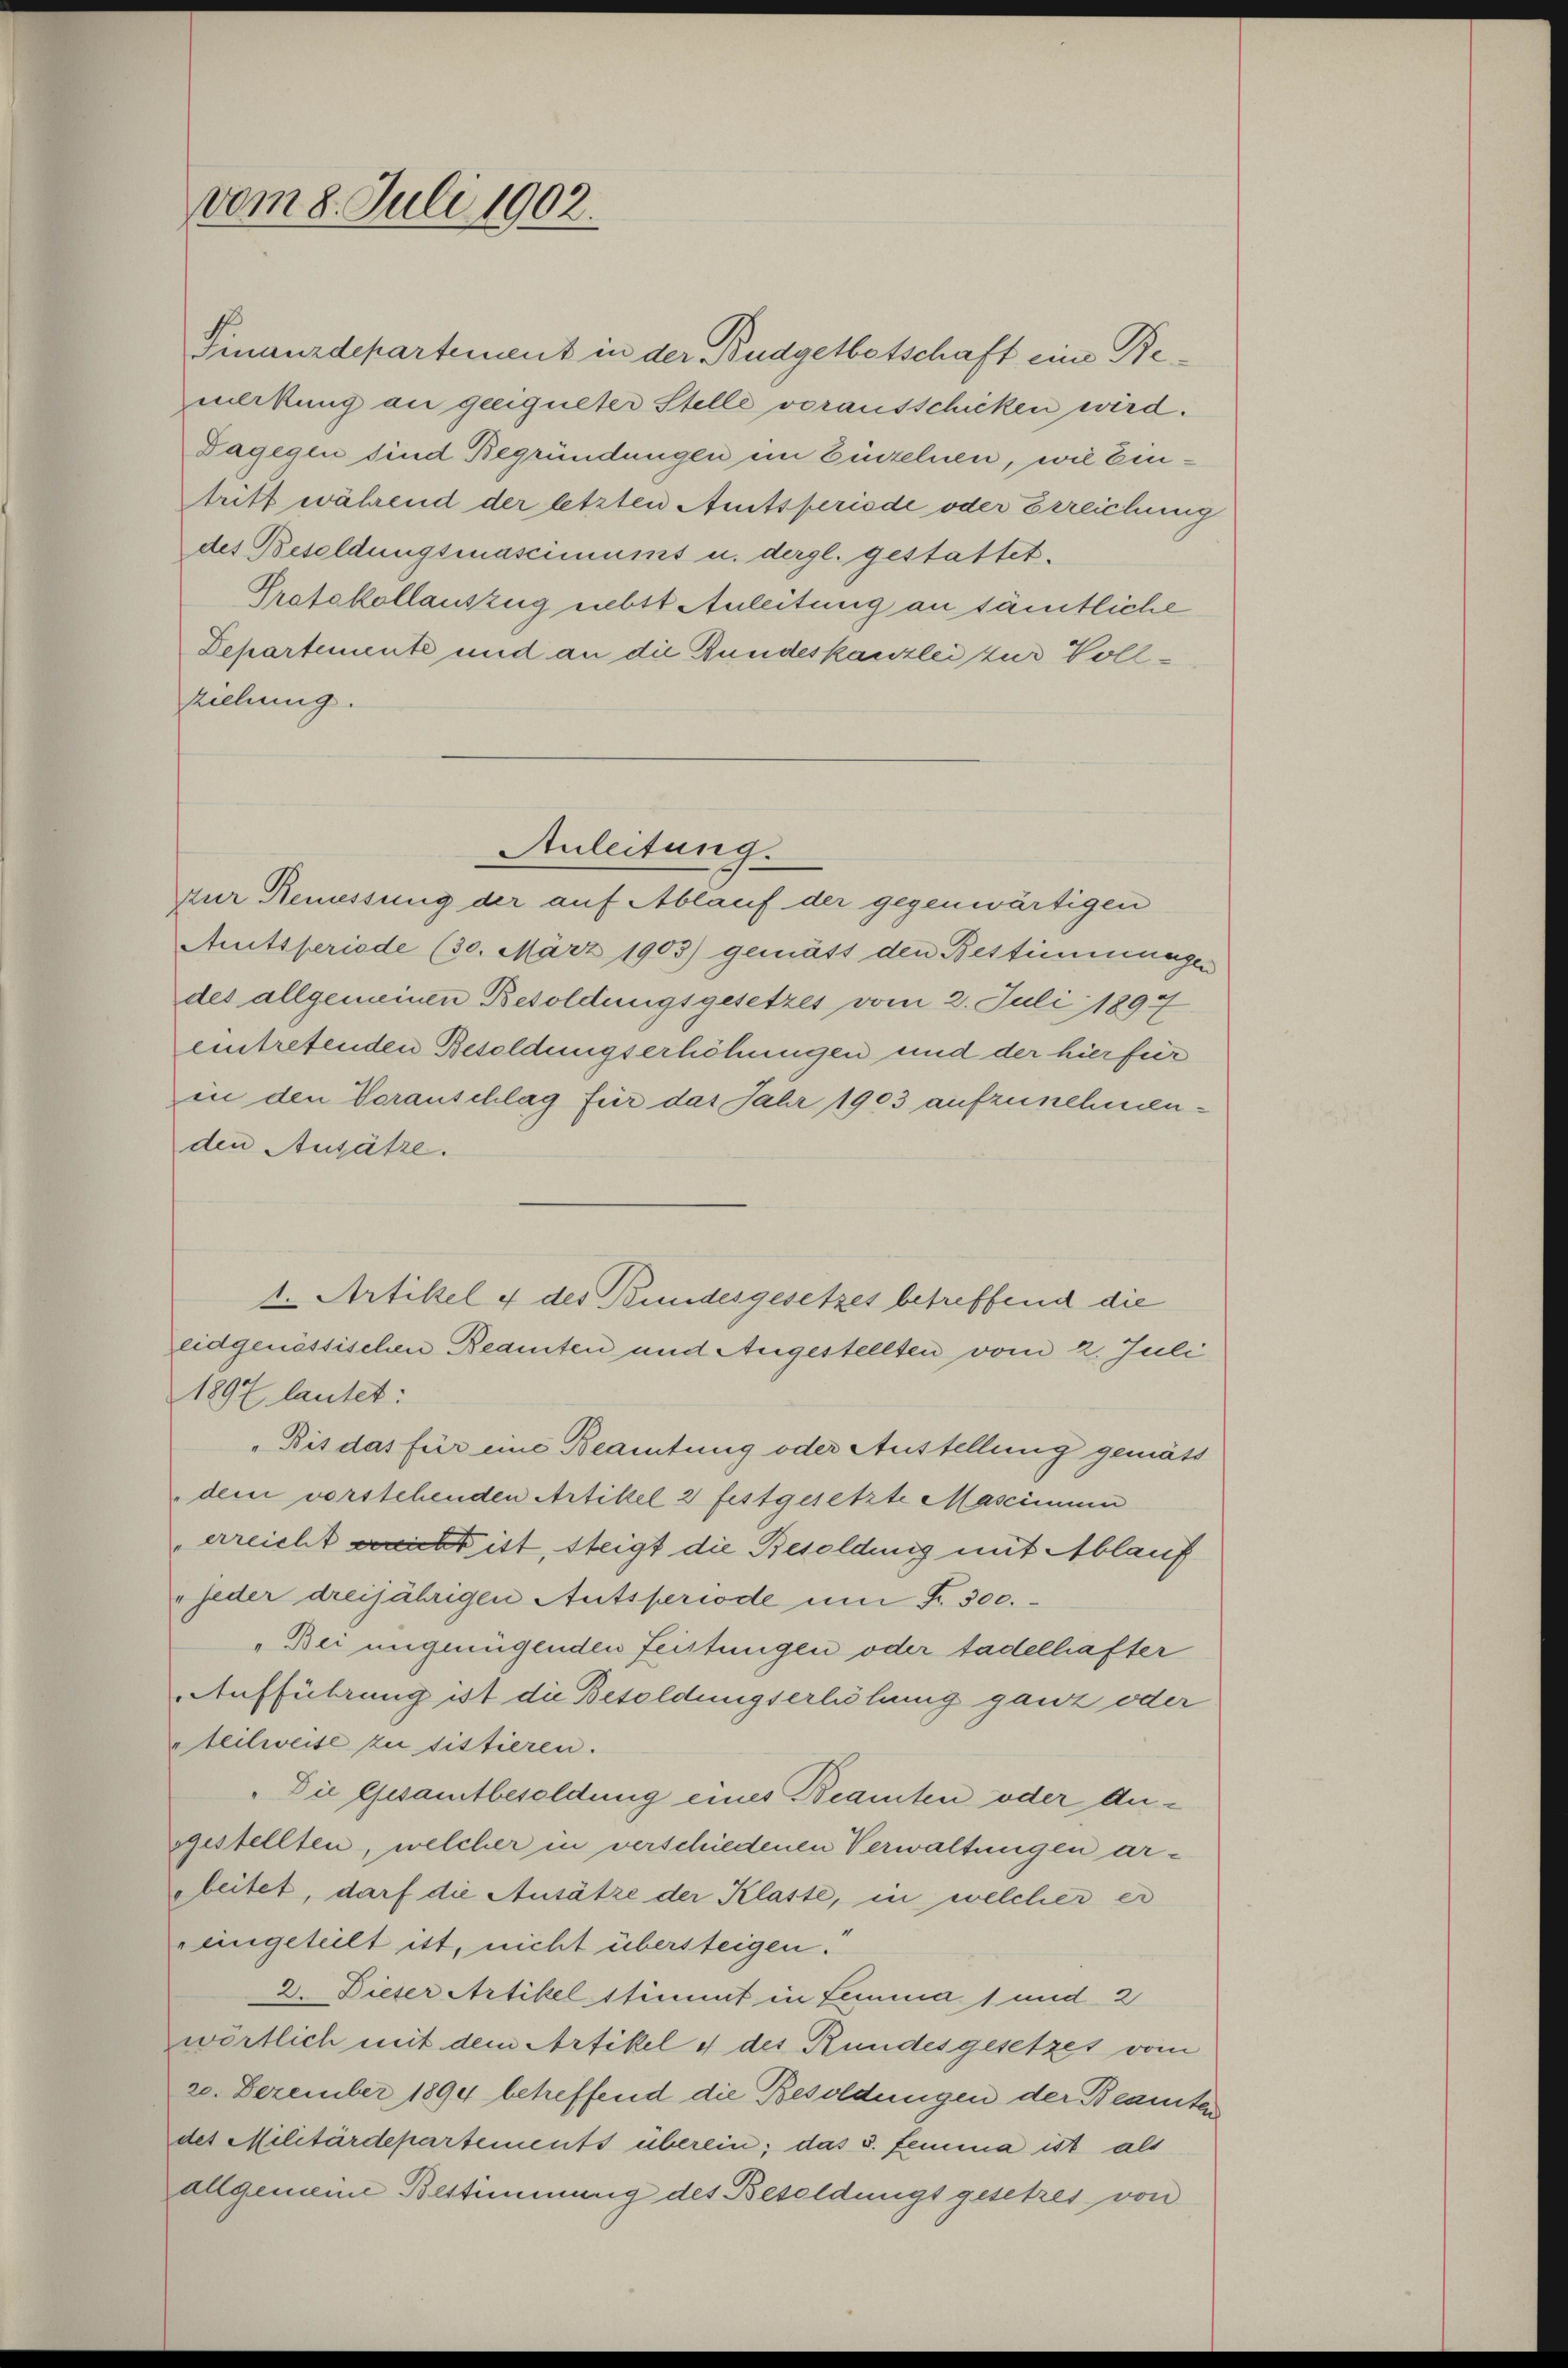
Finanzdepartement in der Budgetbetschaft eine Bemckung an geeigneter Stelle vorausschicken wird.
Dagegen sind Begründungen ein Einzelnen, wie Eintritt während der letzten Amtsperiode oder Erreichung
des Besoldungsmascimums u. dergl. gestattet.
Protokollauszug nebst Anleitung an sämtliche
Departemente und an die Bundeskanzlei zur Vollziehung.
zur Bemessung der auf Ablauf der gegenwärtigen
Amitsperiode (30. März 1903) gemäss den Bestimmungen
des allgemeinen Besoldungsgesetzes vom 2. Juli 1897
eintretenden Besoldungserhöhungen und der hierfür
in den Voranschlag für das Jahr 1903 aufzunehmenden Ansätze.
1. Artikel 4 des Bundesgesetzes betreffend die
eidgenössischen Beamten und Angestellten vom 2. Juli
1897 lautet:
Bis das für eine Beamtung oder Austellung gemäss
dem vorstehenden Artikel 2 festgesetzte Mascimum
erreicht ist ist, steigt die Besoldung mit Ablauf
"jeder dreijährigen Autsperiode um Fr. 300.
„Bei ungenügenden Leistungen oder tadelhafter
Aufführung ist die Besoldungserlichung ganz oder
teilweise zu sistieren.
Die Gesamtbesoldung eines Beamten oder dugestellten, welcher in verschiedenen Verwaltungen argleitet, darf die Ansätze der Klaste, in welcher er
iingeteilt ist, nicht übersteigen.
2. Dieser Artikel stimmt in Lemma 1 und 2
wörtlich mit dem Artikel 4 des Rundesgesetzes vom
20. Dezember 1894 betreffend die Besoldungen der Beamten
des Militärdepartements überein; das s. femma ist als
allgemeine Bestimmung des Besoldungs gesetzes von

vom 8. Juli 1902.

Anleitung.